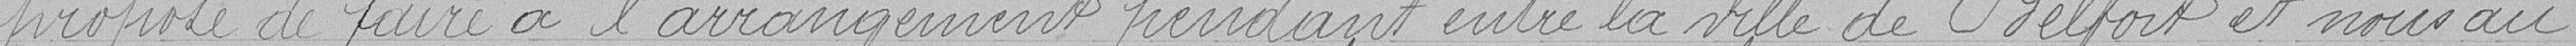
proposé de faire à l'arrangement pendant entre la ville de Belfort et nous au